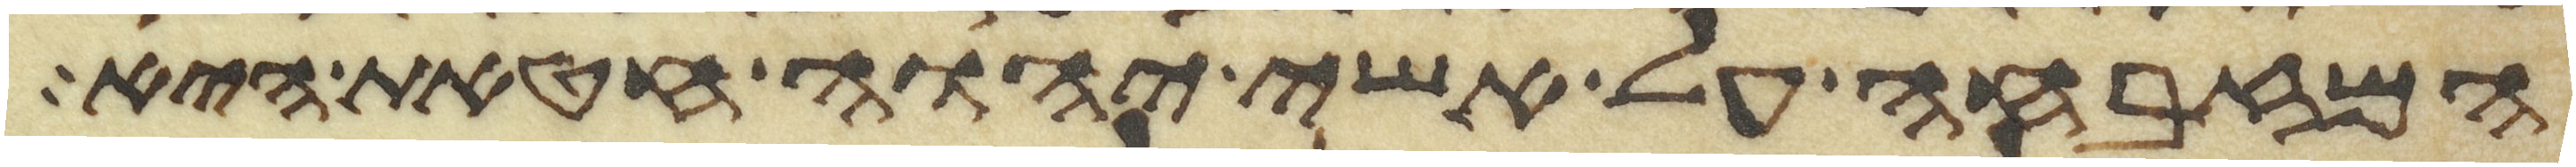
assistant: המזבחה על אשי יהוה חטאת היא